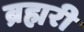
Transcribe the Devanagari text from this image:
ब्रह्मरी